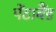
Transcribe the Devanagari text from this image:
पेंटाबैंड